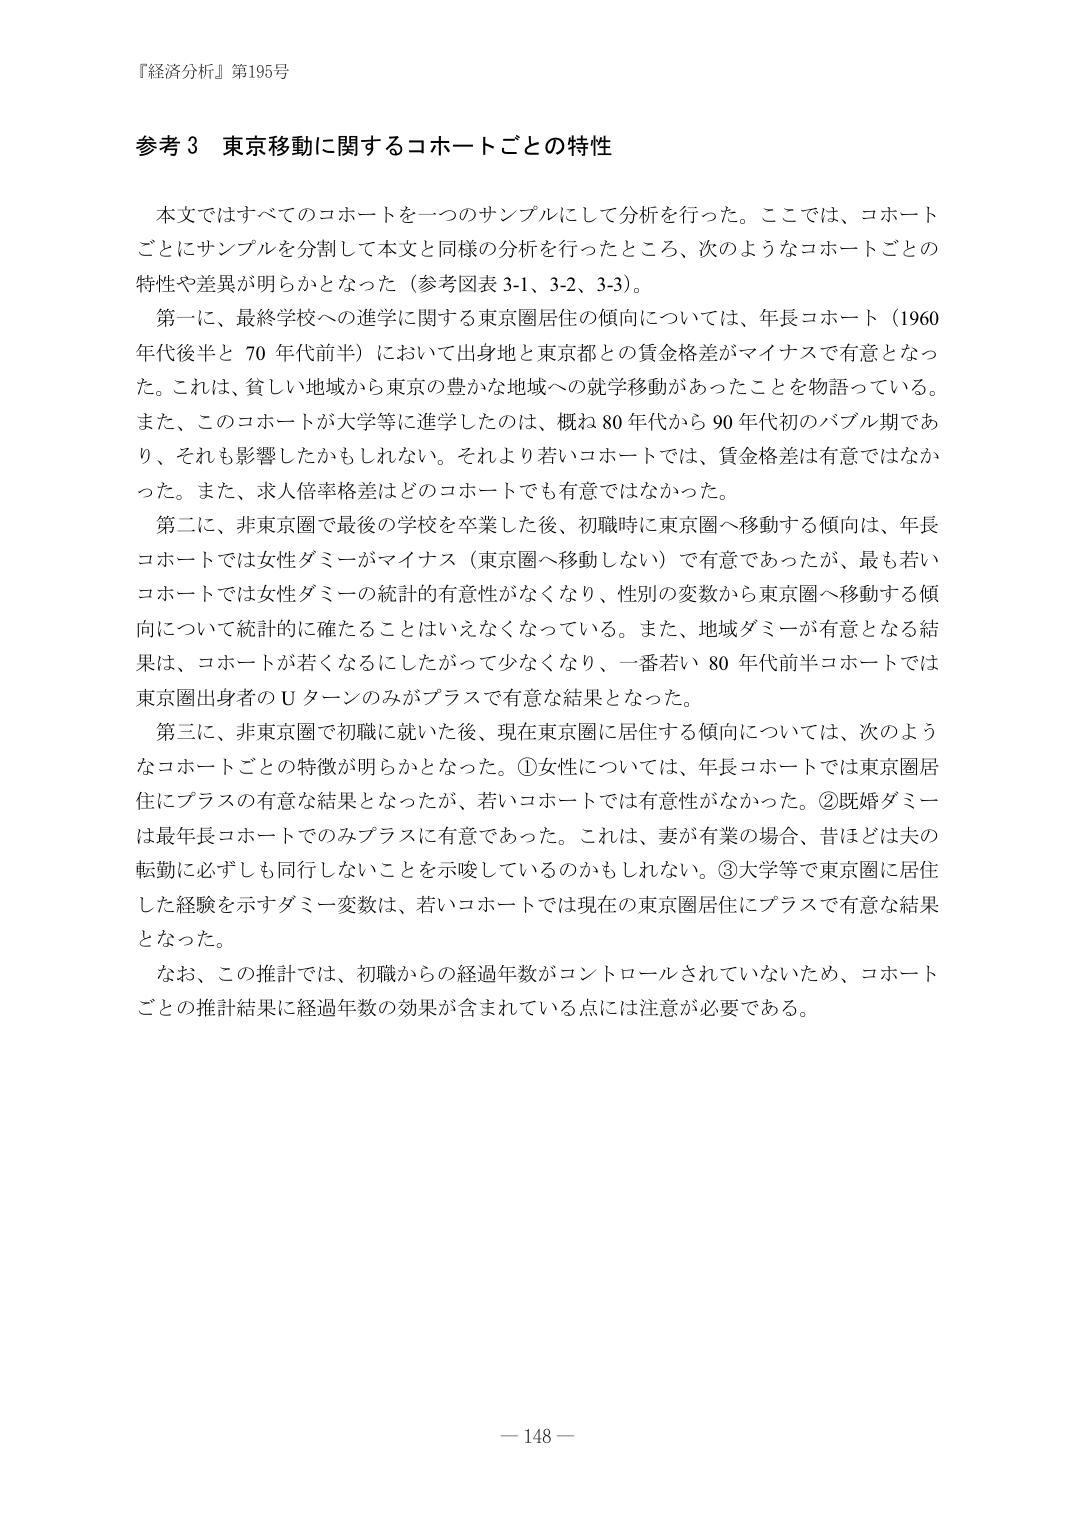
『経済分析』第195号

参考３ 東京移動に関するコホートごとの特性

　本文ではすべてのコホートを一つのサンプルにして分析を行った。ここでは、コホートごとにサンプルを分割して本文と同様の分析を行ったところ、次のようなコホートごとの特性や差異が明らかとなった（参考図表 3-1、3-2、3-3）。

　第一に、最終学校への進学に関する東京圏居住の傾向については、年長コホート（1960年代後半と 70 年代前半）において出身地と東京都との賃金格差がマイナスで有意となった。これは、貧しい地域から東京の豊かな地域への就学移動があったことを物語っている。また、このコホートが大学等に進学したのは、概ね 80 年代から 90 年代初のバブル期であり、それも影響したかもしれない。それより若いコホートでは、賃金格差は有意ではなかった。また、求人倍率格差はどのコホートでも有意ではなかった。

　第二に、非東京圏で最後の学校を卒業した後、初職時に東京圏へ移動する傾向は、年長コホートでは女性ダミーがマイナス（東京圏へ移動しない）で有意であったが、最も若いコホートでは女性ダミーの統計的有意性がなくなり、性別の変数から東京圏へ移動する傾向について統計的に確たることはいえなくなっている。また、地域ダミーが有意となる結果は、コホートが若くなるにしたがって少なくなり、一番若い 80 年代前半コホートでは東京圏出身者の U ターンのみがプラスで有意な結果となった。

　第三に、非東京圏で初職に就いた後、現在東京圏に居住する傾向については、次のようなコホートごとの特徴が明らかとなった。①女性については、年長コホートでは東京圏居住にプラスの有意な結果となったが、若いコホートでは有意性がなかった。②既婚ダミーは最年長コホートでのみプラスに有意であった。これは、妻が有業の場合、昔ほどは夫の転勤に必ずしも同行しないことを示唆しているのかもしれない。③大学等で東京圏に居住した経験を示すダミー変数は、若いコホートでは現在の東京圏居住にプラスで有意な結果となった。

　なお、この推計では、初職からの経過年数がコントロールされていないため、コホートごとの推計結果に経過年数の効果が含まれている点には注意が必要である。

－ 148 －